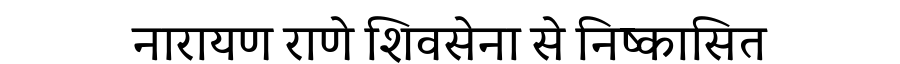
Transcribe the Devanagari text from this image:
नारायण राणे शिवसेना से निष्कासित